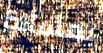
بمسألة